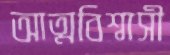
আত্মবিশ্বাসী